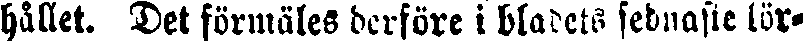
hållet. Det förmäles derföre i bladets sednaste lör-